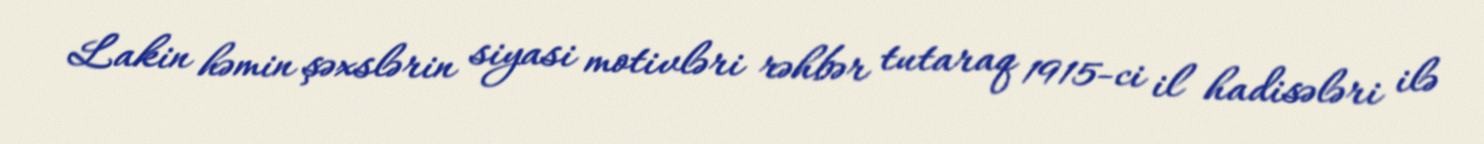
Lakin həmin şəxslərin siyasi motivləri rəhbər tutaraq 1915-ci il hadisələri ilə